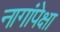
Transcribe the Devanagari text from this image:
नागांपेक्षा